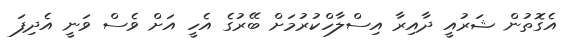
އެގޮތުން ޝަރުއީ ދާއިރާ އިސްލާހްކުރުމަށް ބޭރުގެ އެހީ އަށް ވެސް ވަނީ އެދިފަ